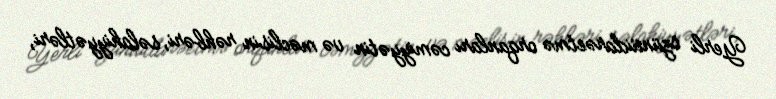
Yerli özünüidarəetmə orqanları cəmiyyətin və məclisin rəhbəri, səlahiyyətləri,